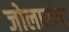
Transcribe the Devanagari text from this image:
जोलारपेट